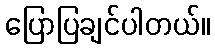
ပြောပြချင်ပါတယ်။